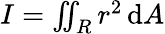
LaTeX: I=\textstyle\iint_{R}r^{2}\, \mathrm{d}A